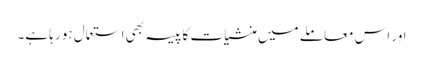
اور اس معاملے میں منشیات کا پیسہ بھی استعمال ہو رہا ہے۔